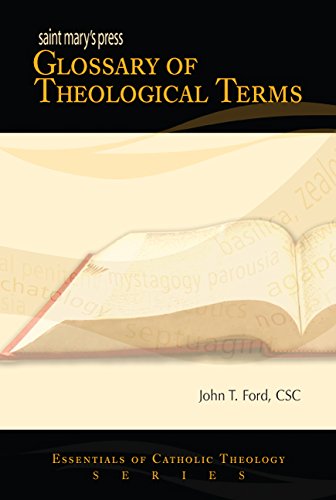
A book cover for Saint Mary's PressÂ® Glossary of Theological Terms (Essentials of Catholic Theology Series); CSC  PhD  John T. Ford; Christian Books & Bibles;